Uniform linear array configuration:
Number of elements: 16
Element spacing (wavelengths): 0.5
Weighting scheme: kaiser
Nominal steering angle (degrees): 30
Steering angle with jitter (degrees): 28.278
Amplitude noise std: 0.05
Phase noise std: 0.05

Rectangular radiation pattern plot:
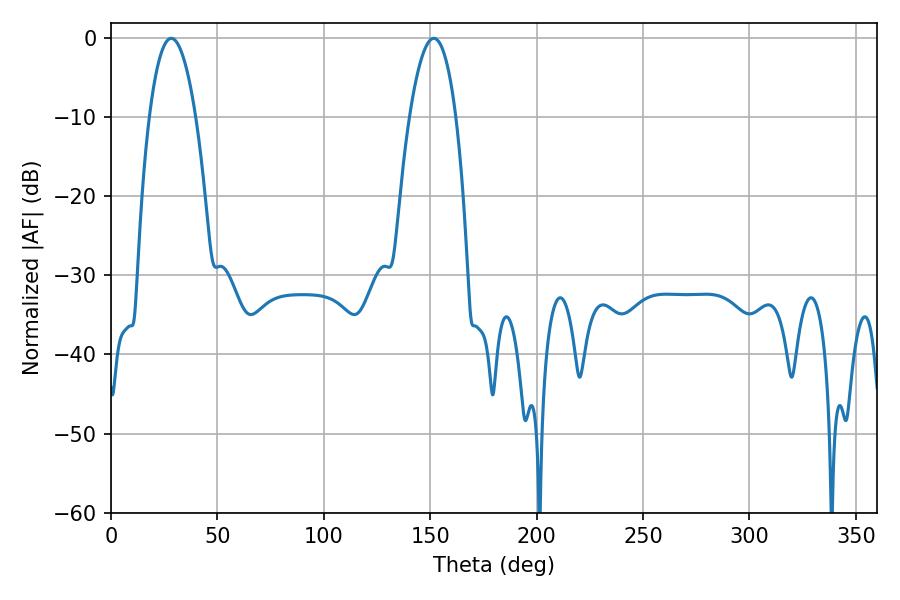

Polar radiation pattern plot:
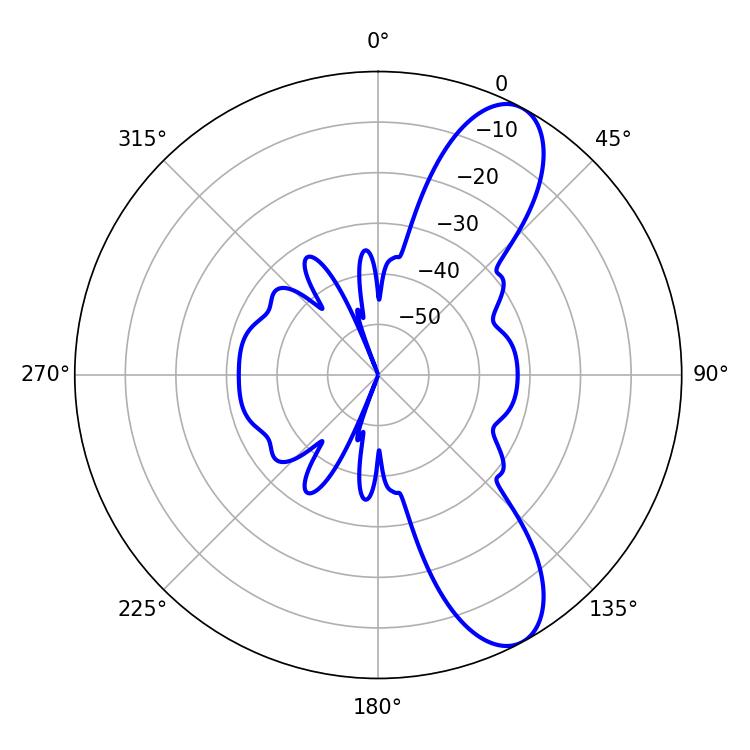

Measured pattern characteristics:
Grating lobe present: FALSE
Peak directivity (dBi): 9.68
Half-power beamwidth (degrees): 12.06
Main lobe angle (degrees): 28.26